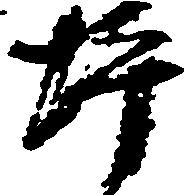
坪